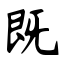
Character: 既